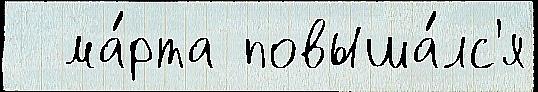
  ма́рта повыша́лс'я